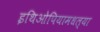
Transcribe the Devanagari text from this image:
इथिओपियामधल्या